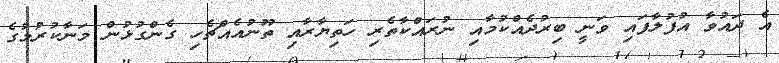
އެ ދައުވާ އުފުލާފައި ވަނީ ބިރުދެއްކުމާއި ނުރައްކާތެރި ހަތިޔާރާއި ތޫނުއެއްޗެހި ގެންގުޅުން މަނާކުރުމުގެ